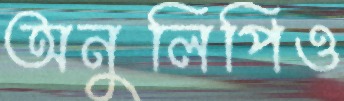
অনুলিপিও